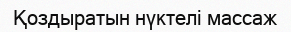
Қоздыратын нүктелі массаж